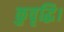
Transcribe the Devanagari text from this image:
कुवृद्धि।